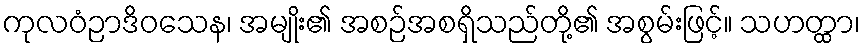
ကုလဝံဉာဒိဝသေန၊ အမျိုး၏ အစဉ်အစရှိသည်တို့၏ အစွမ်းဖြင့်။ သဟတ္ထာ၊